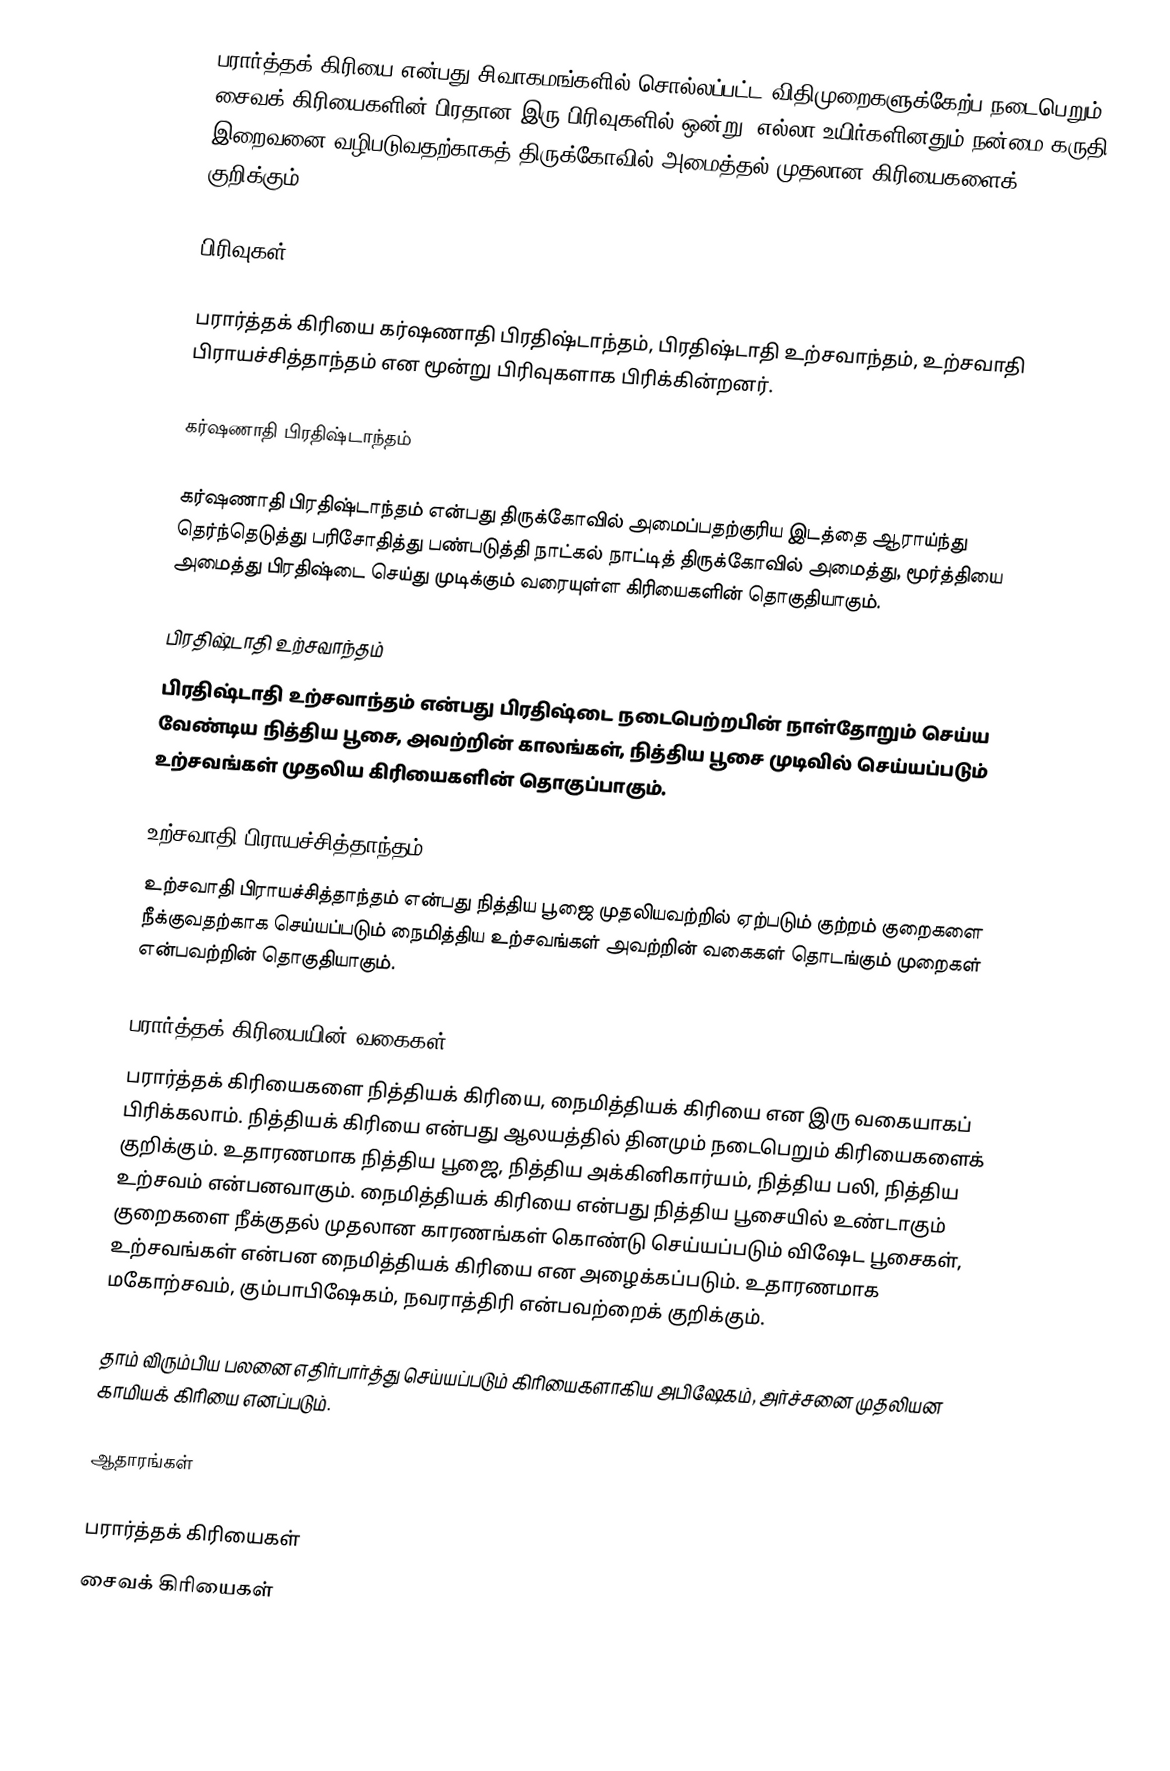
பரார்த்தக் கிரியை என்பது சிவாகமங்களில் சொல்லப்பட்ட விதிமுறைகளுக்கேற்ப நடைபெறும் சைவக் கிரியைகளின் பிரதான இரு பிரிவுகளில் ஒன்று. எல்லா உயிர்களினதும் நன்மை கருதி இறைவனை வழிபடுவதற்காகத் திருக்கோவில் அமைத்தல் முதலான கிரியைகளைக் குறிக்கும்.

பிரிவுகள்

பரார்த்தக் கிரியை கர்ஷணாதி பிரதிஷ்டாந்தம், பிரதிஷ்டாதி உற்சவாந்தம், உற்சவாதி பிராயச்சித்தாந்தம் என மூன்று பிரிவுகளாக பிரிக்கின்றனர்.

கர்ஷணாதி பிரதிஷ்டாந்தம்

கர்ஷணாதி பிரதிஷ்டாந்தம் என்பது திருக்கோவில் அமைப்பதற்குரிய இடத்தை ஆராய்ந்து தெர்ந்தெடுத்து பரிசோதித்து பண்படுத்தி நாட்கல் நாட்டித் திருக்கோவில் அமைத்து, மூர்த்தியை அமைத்து பிரதிஷ்டை செய்து முடிக்கும் வரையுள்ள கிரியைகளின் தொகுதியாகும்.

பிரதிஷ்டாதி உற்சவாந்தம்
பிரதிஷ்டாதி உற்சவாந்தம் என்பது பிரதிஷ்டை நடைபெற்றபின் நாள்தோறும் செய்ய வேண்டிய நித்திய பூசை, அவற்றின் காலங்கள், நித்திய பூசை முடிவில் செய்யப்படும் உற்சவங்கள் முதலிய கிரியைகளின் தொகுப்பாகும்.

உற்சவாதி பிராயச்சித்தாந்தம்
உற்சவாதி பிராயச்சித்தாந்தம் என்பது நித்திய பூஜை முதலியவற்றில் ஏற்படும் குற்றம் குறைகளை நீக்குவதற்காக செய்யப்படும் நைமித்திய உற்சவங்கள் அவற்றின் வகைகள் தொடங்கும் முறைகள் என்பவற்றின் தொகுதியாகும்.

பரார்த்தக் கிரியையின் வகைகள்
பரார்த்தக் கிரியைகளை நித்தியக் கிரியை, நைமித்தியக் கிரியை என இரு வகையாகப் பிரிக்கலாம். நித்தியக் கிரியை என்பது ஆலயத்தில் தினமும் நடைபெறும் கிரியைகளைக் குறிக்கும். உதாரணமாக நித்திய பூஜை, நித்திய அக்கினிகார்யம், நித்திய பலி, நித்திய உற்சவம் என்பனவாகும். நைமித்தியக் கிரியை என்பது நித்திய பூசையில் உண்டாகும் குறைகளை நீக்குதல் முதலான காரணங்கள் கொண்டு செய்யப்படும் விஷேட பூசைகள், உற்சவங்கள் என்பன நைமித்தியக் கிரியை என அழைக்கப்படும். உதாரணமாக மகோற்சவம், கும்பாபிஷேகம், நவராத்திரி என்பவற்றைக் குறிக்கும்.

தாம் விரும்பிய பலனை எதிர்பார்த்து செய்யப்படும் கிரியைகளாகிய அபிஷேகம், அர்ச்சனை முதலியன காமியக் கிரியை எனப்படும்.

ஆதாரங்கள்

பரார்த்தக் கிரியைகள்
சைவக் கிரியைகள்